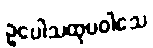
ဥပေါသထုပဝါသေ